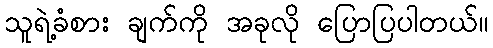
သူရဲ့ခံစား ချက်ကို အခုလို ပြောပြပါတယ်။